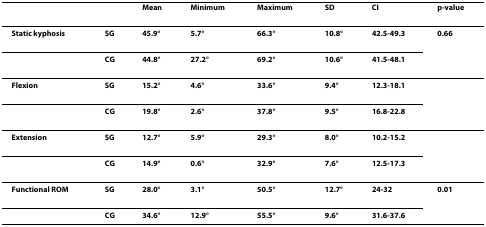
<table><thead><tr><td></td><td></td><td><b>Mean</b></td><td><b>Minimum</b></td><td><b>Maximum</b></td><td><b>SD</b></td><td><b>CI</b></td><td><b>p-value</b></td></tr></thead><tbody><tr><td><b>Static kyphosis</b></td><td><b>SG</b></td><td><b>45.9°</b></td><td><b>5.7°</b></td><td><b>66.3°</b></td><td><b>10.8°</b></td><td><b>42.5-49.3</b></td><td><b>0.66</b></td></tr><tr><td></td><td><b>CG</b></td><td><b>44.8°</b></td><td><b>27.2°</b></td><td><b>69.2°</b></td><td><b>10.6°</b></td><td><b>41.5-48.1</b></td><td></td></tr><tr><td><b>Flexion</b></td><td><b>SG</b></td><td><b>15.2°</b></td><td><b>4.6°</b></td><td><b>33.6°</b></td><td><b>9.4°</b></td><td><b>12.3-18.1</b></td><td></td></tr><tr><td></td><td><b>CG</b></td><td><b>19.8°</b></td><td><b>2.6°</b></td><td><b>37.8°</b></td><td><b>9.5°</b></td><td><b>16.8-22.8</b></td><td></td></tr><tr><td><b>Extension</b></td><td><b>SG</b></td><td><b>12.7°</b></td><td><b>5.9°</b></td><td><b>29.3°</b></td><td><b>8.0°</b></td><td><b>10.2-15.2</b></td><td></td></tr><tr><td></td><td><b>CG</b></td><td><b>14.9°</b></td><td><b>0.6°</b></td><td><b>32.9°</b></td><td><b>7.6°</b></td><td><b>12.5-17.3</b></td><td></td></tr><tr><td><b>Functional ROM</b></td><td><b>SG</b></td><td><b>28.0°</b></td><td><b>3.1°</b></td><td><b>50.5°</b></td><td><b>12.7°</b></td><td><b>24-32</b></td><td><b>0.01</b></td></tr><tr><td></td><td><b>CG</b></td><td><b>34.6°</b></td><td><b>12.9°</b></td><td><b>55.5°</b></td><td><b>9.6°</b></td><td><b>31.6-37.6</b></td><td></td></tr></tbody></table>